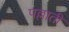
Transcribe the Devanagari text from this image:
पल्लाती